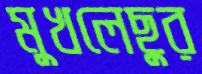
মুখলেছুর